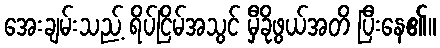
အေးချမ်းသည့် ရိပ်ငြိမ်အသွင် မှီခိုဖွယ်အတိ ပြီးနေ၏။